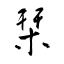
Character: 栞